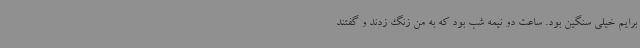
برایم خیلی سنگین بود. ساعت دو نیمه شب بود که به من زنگ زدند و گفتند